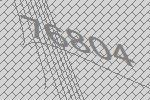
76804